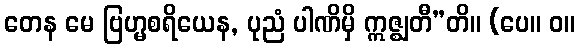
တေန မေ ဗြဟ္မစရိယေန, ပုညံ ပါဏိမှိ ဣဇ္ဈတီ”တိ။ (ပေ။ ဝ။